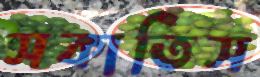
সকাতিস